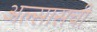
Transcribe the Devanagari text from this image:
अल्सासची